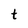
Character: t